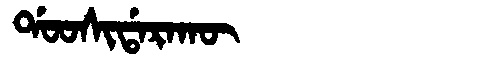
Manchu: ᡩᠣᠣᠰᡳᡩᠠᡵᠠᡴᡡ
Romanization: DOOSIDARAKŪ